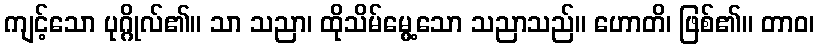
ကျင့်သော ပုဂ္ဂိုလ်၏။ သာ သညာ၊ ထိုသိမ်မွေ့သော သညာသည်။ ဟောတိ၊ ဖြစ်၏။ တာဝ၊